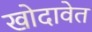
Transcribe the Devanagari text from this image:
खोदावेत